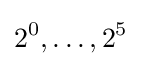
2^{0},\dots ,2^{5}